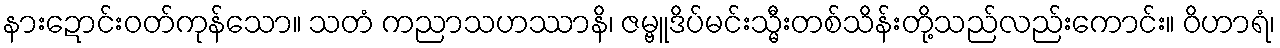
နားဍောင်းဝတ်ကုန်သော။ သတံ ကညာသဟဿာနိ၊ ဇမ္ဗူဒိပ်မင်းသ္မီးတစ်သိန်းတို့သည်လည်းကောင်း။ ဝိဟာရံ၊